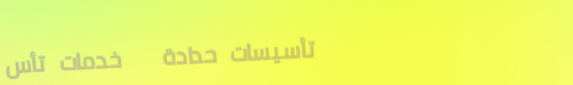
تأسيسات حدادة   خدمات تأس